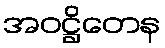
အဝဋ္ဌိတေန